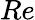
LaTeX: Re